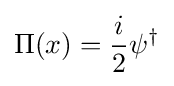
\Pi (x)={\frac {i}{2}}\psi ^{\dagger }